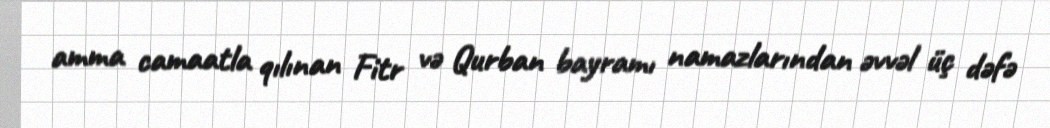
amma camaatla qılınan Fitr və Qurban bayramı namazlarından əvvəl üç dəfə